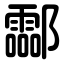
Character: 酃